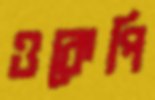
ওকেপি